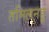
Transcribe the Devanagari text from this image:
तमिलनडू